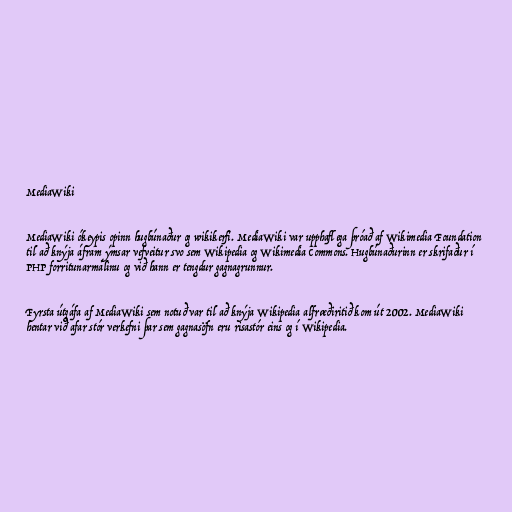
MediaWiki

MediaWiki ókeypis opinn hugbúnaður og wikikerfi. MediaWiki var upphaflega þróað af Wikimedia Foundation
til að knýja áfram ýmsar vefveitur svo sem Wikipedia og Wikimedia Commons. Hugbúnaðurinn er skrifaður í
PHP forritunarmálinu og við hann er tengdur gagnagrunnur.

Fyrsta útgáfa af MediaWiki sem notuð var til að knýja Wikipedia alfræðiritið kom út 2002. MediaWiki
hentar við afar stór verkefni þar sem gagnasöfn eru risastór eins og í Wikipedia.